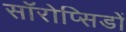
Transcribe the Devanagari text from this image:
सॉरोप्सिडों